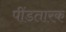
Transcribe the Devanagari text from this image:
पींडतारक